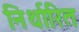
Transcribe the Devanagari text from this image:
निर्थारित